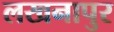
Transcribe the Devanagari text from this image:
लखनापुर